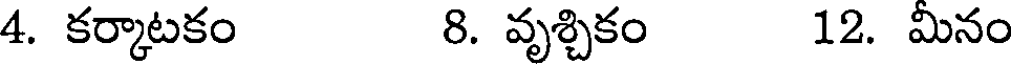
4. కర్కాటకం 8. వృశ్చికం 12. మినం